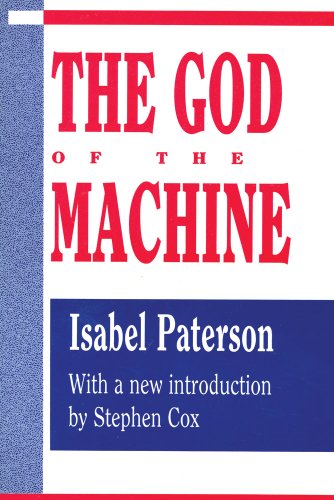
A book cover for The God of the Machine (Library of Conservative Thought); Isabel Paterson; Medical Books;